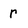
Character: r